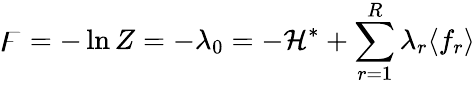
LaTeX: \digamma=-\ln Z=-\lambda_{0}=-\mathcal{H}^{*}+\sum_{r=1}^{R}\lambda_{r}\langle f_{r}\rangle